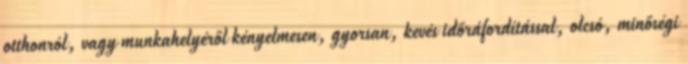
otthonról, vagy munkahelyéről kényelmesen, gyorsan, kevés időráfordítással, olcsó, minőségi